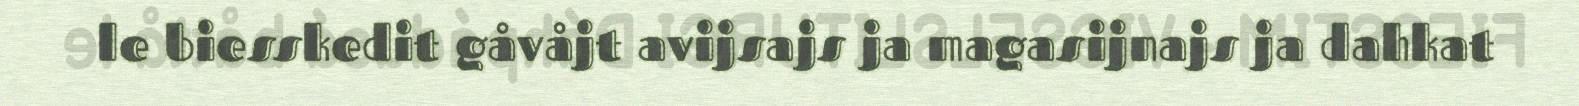
le biesskedit gåvåjt avijsajs ja magasijnajs ja dahkat